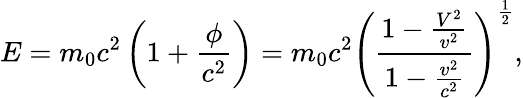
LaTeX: E=m_{0}c^{2}\left(1+\frac{\phi}{c^{2}}\right)=m_{0}c^{2}\left(\frac{{1-\frac{V^{2}}{v^{2}}}}{{1-\frac{v^{2}}{c^{2}}}}\right)^{\frac{1}{2}},